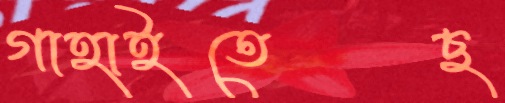
গাহাইতেছ